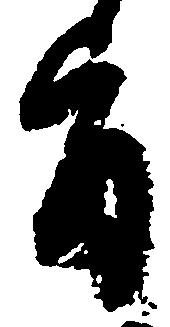
旨